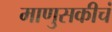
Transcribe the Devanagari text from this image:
माणुसकीचं